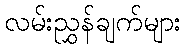
လမ်းညွှန်ချက်များ